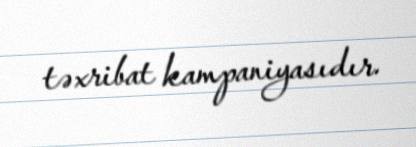
təxribat kampaniyasıdır.